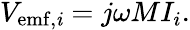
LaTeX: \begin{array}{r}{V_{\mathrm{emf,\mathit i}}=j\omega MI_{i}.}\end{array}